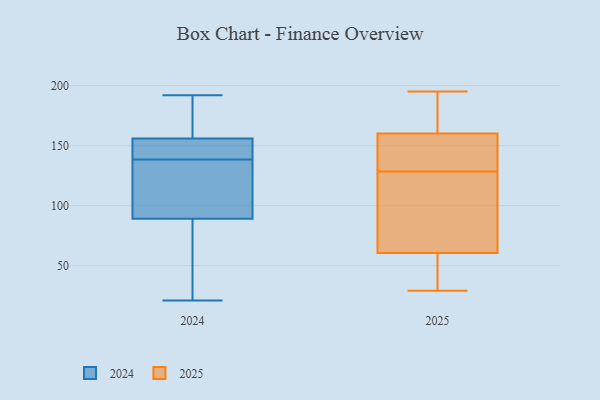
{"axis": {"x": "Temperature (°C)", "y": "Value"}, "legend": ["2024", "2025"], "data": [{"x": "", "y": 133, "type": "2024"}, {"x": "", "y": 143, "type": "2024"}, {"x": "", "y": 164, "type": "2024"}, {"x": "", "y": 142, "type": "2024"}, {"x": "", "y": 162, "type": "2024"}, {"x": "", "y": 121, "type": "2024"}, {"x": "", "y": 64, "type": "2024"}, {"x": "", "y": 170, "type": "2024"}, {"x": "", "y": 86, "type": "2024"}, {"x": "", "y": 192, "type": "2024"}, {"x": "", "y": 150, "type": "2024"}, {"x": "", "y": 142, "type": "2024"}, {"x": "", "y": 44, "type": "2024"}, {"x": "", "y": 92, "type": "2024"}, {"x": "", "y": 21, "type": "2024"}, {"x": "", "y": 135, "type": "2024"}, {"x": "", "y": 125, "type": "2025"}, {"x": "", "y": 53, "type": "2025"}, {"x": "", "y": 195, "type": "2025"}, {"x": "", "y": 156, "type": "2025"}, {"x": "", "y": 132, "type": "2025"}, {"x": "", "y": 119, "type": "2025"}, {"x": "", "y": 68, "type": "2025"}, {"x": "", "y": 29, "type": "2025"}, {"x": "", "y": 136, "type": "2025"}, {"x": "", "y": 35, "type": "2025"}, {"x": "", "y": 164, "type": "2025"}, {"x": "", "y": 189, "type": "2025"}]}